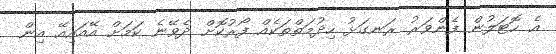
އެ ހޮޓަލުން ފެންވަރު ރަނގަޅު ހިދުމަތްތަކެއް ފޯރުކޮށް ދެވޭނެ ކަމަށް އޭއައިއޭ އިން